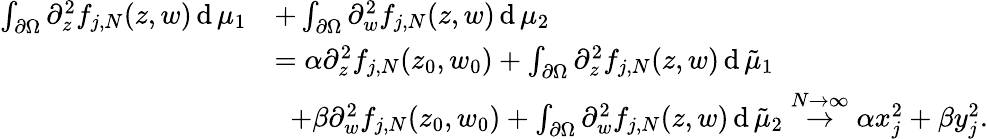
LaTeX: \begin{array}{rl}{\int_{\partial\Omega}\partial_{z}^{2}f_{j,N}(z,w)\operatorname{d}\mu_{1}}&{+\int_{\partial\Omega}\partial_{w}^{2}f_{j,N}(z,w)\operatorname{d}\mu_{2}}\\ &{=\alpha\partial_{z}^{2}f_{j,N}(z_{0},w_{0})+\int_{\partial\Omega}\partial_{z}^{2}f_{j,N}(z,w)\operatorname{d}\tilde{\mu}_{1}}\\ &{\; \; +\beta\partial_{w}^{2}f_{j,N}(z_{0},w_{0})+\int_{\partial\Omega}\partial_{w}^{2}f_{j,N}(z,w)\operatorname{d}\tilde{\mu}_{2}\stackrel{N\to\infty}{\rightarrow}\alpha x_{j}^{2}+\beta y_{j}^{2}.}\end{array}